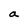
Character: a